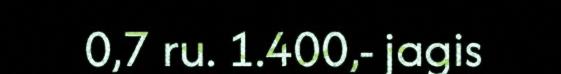
0,7 ru. 1.400,- jagis